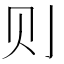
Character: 𮷌